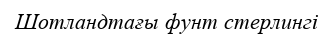
Шотландтағы фунт стерлингі